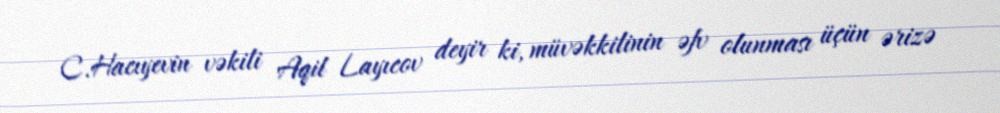
C.Hacıyevin vəkili Aqil Layıcov deyir ki, müvəkkilinin əfv olunması üçün ərizə